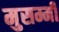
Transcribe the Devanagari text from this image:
मुसम्मी